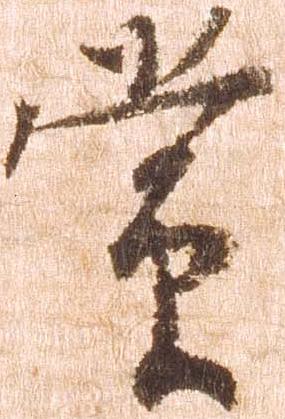
賞